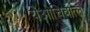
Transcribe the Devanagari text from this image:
येओचिवात्ल